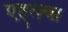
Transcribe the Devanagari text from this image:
एह्त्ज़्बा